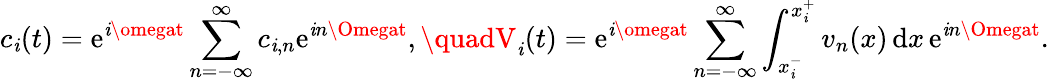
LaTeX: c_{\mathit{i}}(t)=\mathrm{{e}}^{\mathrm{{\mathit{i}}}\omegat}\sum_{n=-\infty}^{\infty}c_{\mathit{i},n}\mathrm{{e}}^{\mathrm{{\mathit{i}}}n\Omegat},\quadV_{\mathit{i}}(t)=\mathrm{{e}}^{\mathrm{{\mathit{i}}}\omegat}\sum_{n=-\infty}^{\infty}\int_{x_{\mathit{i}}^{-}}^{x_{\mathit{i}}^{+}}v_{n}(x)\, \mathrm{{d}}x\, \mathrm{{e}}^{\mathrm{{\mathit{i}}}n\Omegat}.